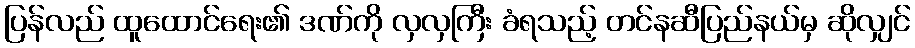
ပြန်လည် ထူထောင်ရေး၏ ဒဏ်ကို လှလှကြီး ခံရသည့် တင်နဆီပြည်နယ်မှ ဆိုလျှင်